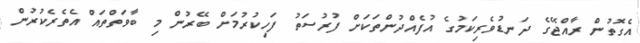
އެގޮތުން ރާއްޖޭގެ ދަނޑުވެރިކަމުގެ އުފެއްދުންތަކަށް ފުރުސަތު ފަހިކުރުމަށް ބޭރުން މި ބާވަތްތައް އެތެރެކުރުން